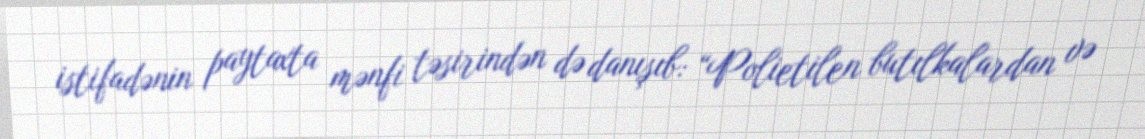
istifadənin paytaxta mənfi təsirindən də danışıb: “Polietilen butılkalardan və